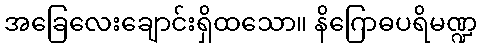
အခြေလေးချောင်းရှိထသော။ နိဂြောဓပရိမဏ္ဍ